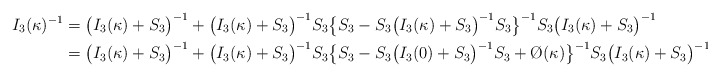
\begin{align*}I_3(\kappa)^{-1}&=\big(I_3(\kappa)+S_3\big)^{-1}+\big(I_3(\kappa)+S_3\big)^{-1}S_3\big\{S_3-S_3\big(I_3(\kappa)+S_3\big)^{-1}S_3\big\}^{-1}S_3\big(I_3(\kappa)+S_3\big)^{-1}\\&=\big(I_3(\kappa)+S_3\big)^{-1}+\big(I_3(\kappa)+S_3\big)^{-1}S_3\big\{S_3-S_3\big(I_3(0)+S_3\big)^{-1}S_3+\O(\kappa)\big\}^{-1}S_3\big(I_3(\kappa)+S_3\big)^{-1}.\end{align*}